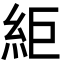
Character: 䋌